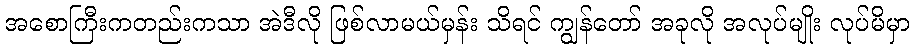
အစောကြီးကတည်းကသာ အဲဒီလို ဖြစ်လာမယ်မှန်း သိရင် ကျွန်တော် အခုလို အလုပ်မျိုး လုပ်မိမှာ